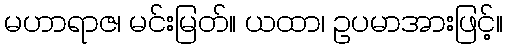
မဟာရာဇ၊ မင်းမြတ်။ ယထာ၊ ဥပမာအားဖြင့်။